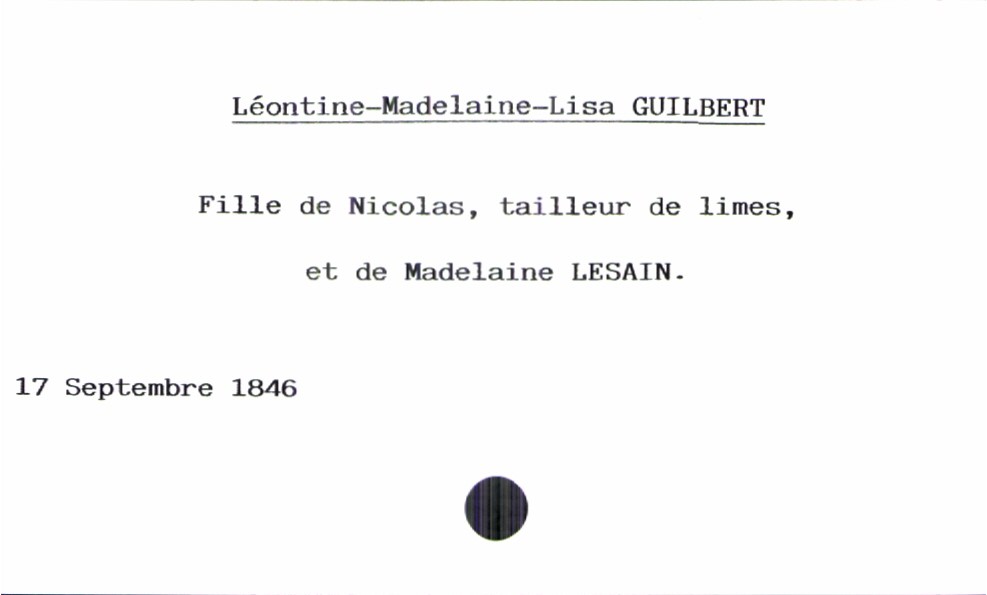
type_acte: Baptême
année: 1846
mois: Septembre
jour: 17
filiation: fille
enfant_prénom: Léontine-Madelaine-Lisa
père_enfant_nom: GUILBERT
père_enfant_prénom: Nicolas
père_enfant_profession: tailleur de limes
mère_enfant_nom: LESAIN
mère_enfant_prénom: Madelaine